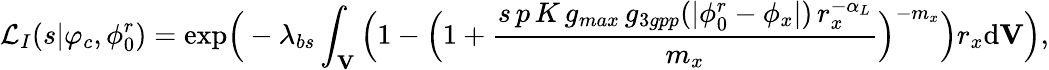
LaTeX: \mathcal{L}_{I}(s|\varphi_{c},\phi_{0}^{r})=\mathrm{{exp}}\Big(-\lambda_{bs}\int_{\mathbf{V}}\Big(1-\Big(1+\frac{s\, p\, K\, g_{max}\, g_{3gpp}(|\phi_{0}^{r}-\phi_{x}|)\, r_{x}^{-\alpha_{L}}}{m_{x}}\Big)^{-m_{x}}\Big)r_{x}\mathrm{d}\mathbf{V}\Big),